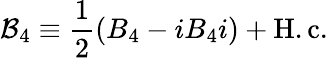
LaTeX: {\cal B}_{4}\equiv\frac{1}{2}(B_{4}-iB_{4}i)+\mathrm{H.c.}